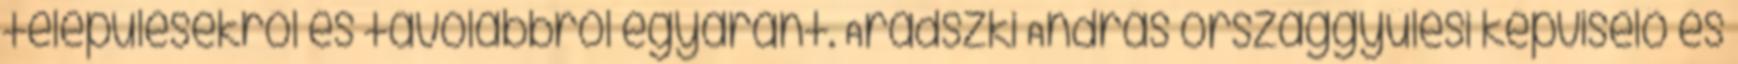
településekről és távolabbról egyaránt. Aradszki András országgyűlési képviselő és